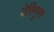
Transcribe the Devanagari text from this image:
देसिपुस